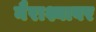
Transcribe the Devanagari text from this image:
नैराश्यावर